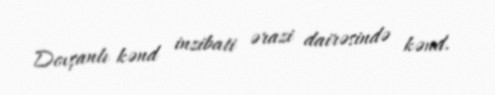
Dovşanlı kənd inzibati ərazi dairəsində kənd.